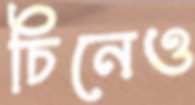
চিনেও